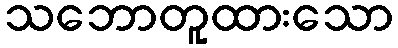
သဘောတူထားသော